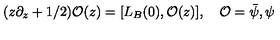
( z \partial _ { z } + 1 / 2 ) { \mathcal O } ( z ) = [ L _ { B } ( 0 ) , { \mathcal O } ( z ) ] , \quad { \mathcal O } = { \bar { \psi } } , \psi